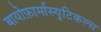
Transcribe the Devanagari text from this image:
बायोफ़ार्मास्युटिकल्स